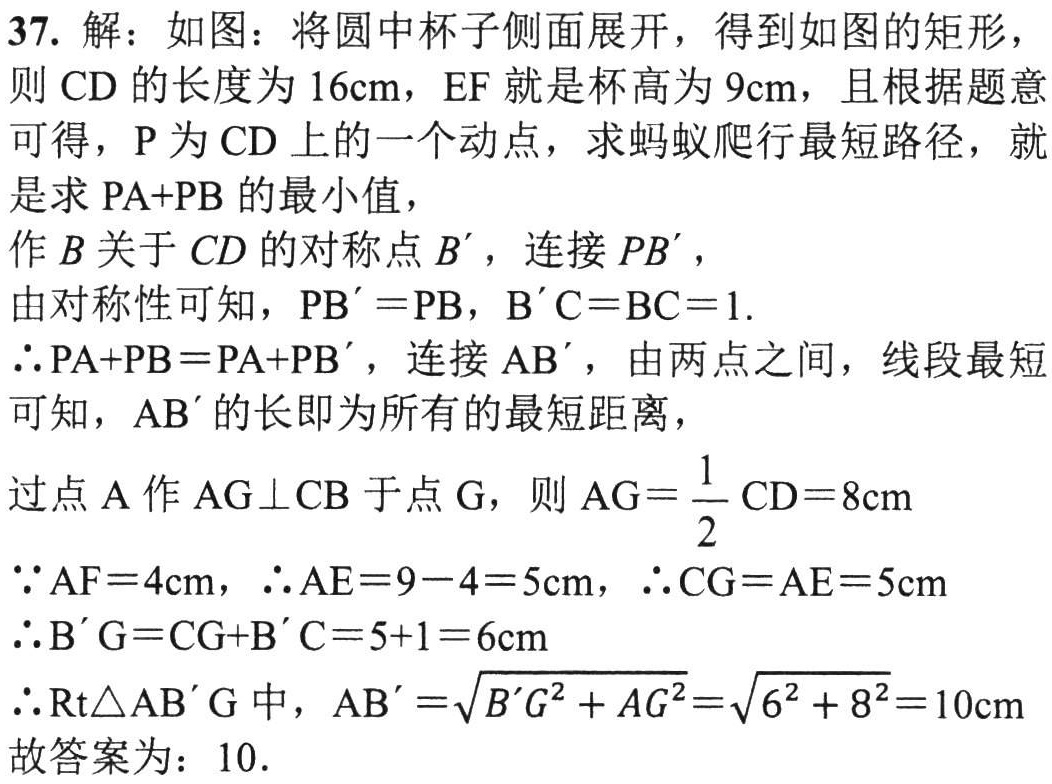
37. 解：如图：将圆中杯子侧面展开，得到如图的矩形，
则 \(CD\) 的长度为 \(16\text{cm}\)，\(EF\) 就是杯高为 \(9\text{cm}\)，且根据题意
可得，\(P\) 为 \(CD\) 上的一个动点，求蚂蚁爬行最短路径，就
是求 \(PA + PB\) 的最小值，
作 \(B\) 关于 \(CD\) 的对称点 \(B'\)，连接 \(PB'\)，
由对称性可知，\(PB' = PB\)，\(B'C = BC = 1\).
\(\therefore PA + PB=PA + PB'\)，连接 \(AB'\)，由两点之间，线段最短
可知，\(AB'\) 的长即为所有的最短距离，
过点 \(A\) 作 \(AG\perp CB\) 于点 \(G\)，则 \(AG = \dfrac{1}{2}CD = 8\text{cm}\)
\(\because AF = 4\text{cm}\)，\(\therefore AE = 9 - 4 = 5\text{cm}\)，\(\therefore CG = AE = 5\text{cm}\)
\(\therefore B'G = CG + B'C = 5 + 1 = 6\text{cm}\)
\(\therefore \text{Rt}\triangle AB'G\) 中，\(AB'=\sqrt{B'G^{2}+AG^{2}}=\sqrt{6^{2}+8^{2}} = 10\text{cm}\)
故答案为：\(10\).